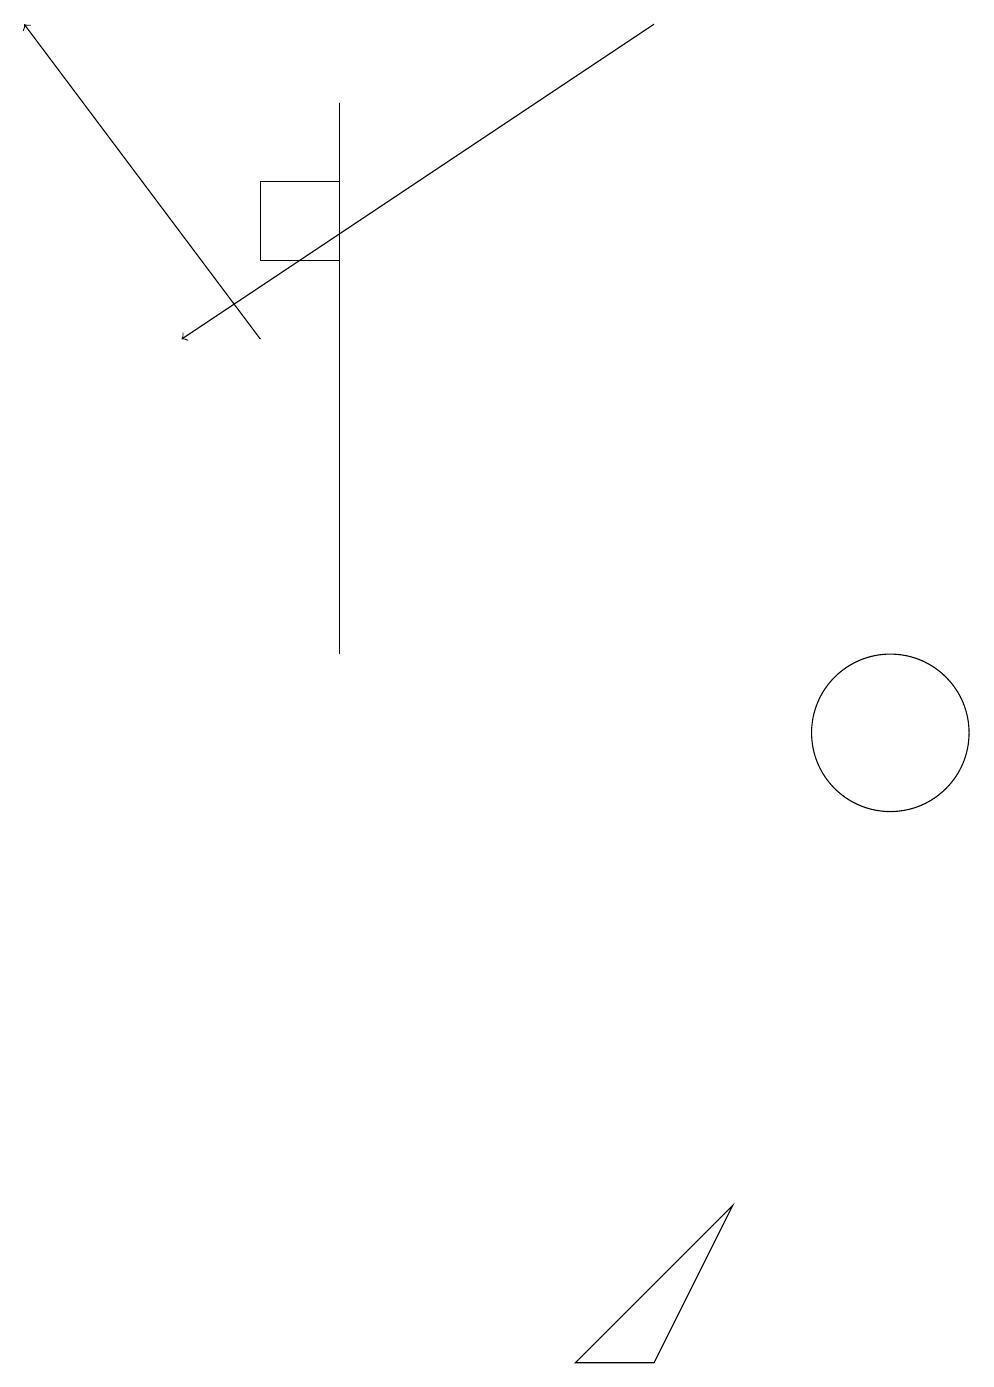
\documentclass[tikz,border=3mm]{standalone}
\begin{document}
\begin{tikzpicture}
\draw (4,11) rectangle (4,18);
\draw[->] (8,19) -- (2,15);
\draw (7,2) -- (8,2) -- (9,4) -- cycle;
\draw (11,10) circle (1);
\draw[->] (3,15) -- (0,19);
\draw (3,16) rectangle (4,17);
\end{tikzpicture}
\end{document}